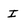
Character: I